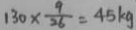
1 3 0 \times \frac { 9 } { 2 6 } = 4 5 k g